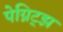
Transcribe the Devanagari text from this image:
पेग्निट्झ